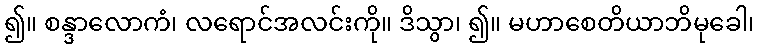
၍။ စန္ဒာလောကံ၊ လရောင်အလင်းကို။ ဒိသွာ၊ ၍။ မဟာစေတိယာဘိမုခေါ၊